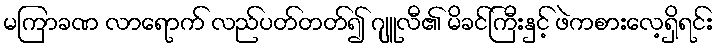
မကြာခဏ လာရောက် လည်ပတ်တတ်၍ ဂျူလီ၏ မိခင်ကြီးနှင့် ဖဲကစားလေ့ရှိရင်း